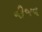
નીજવ